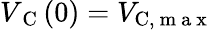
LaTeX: V_{\mathrm{~C~}}(0)=V_{\mathrm{C},\mathrm{~m~a~x~}}